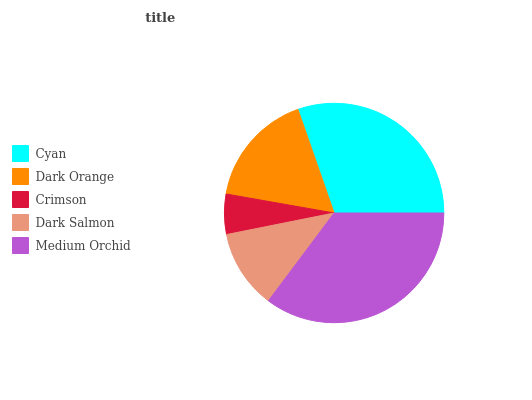
| Cyan | Dark Orange | Crimson | Dark Salmon | Medium Orchid |
 | --- | --- | --- | --- | --- |
 | 30.4% | 16.9% | 5.92% | 11.6% | 35.2% |